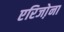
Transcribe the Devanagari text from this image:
एरिजो़ना